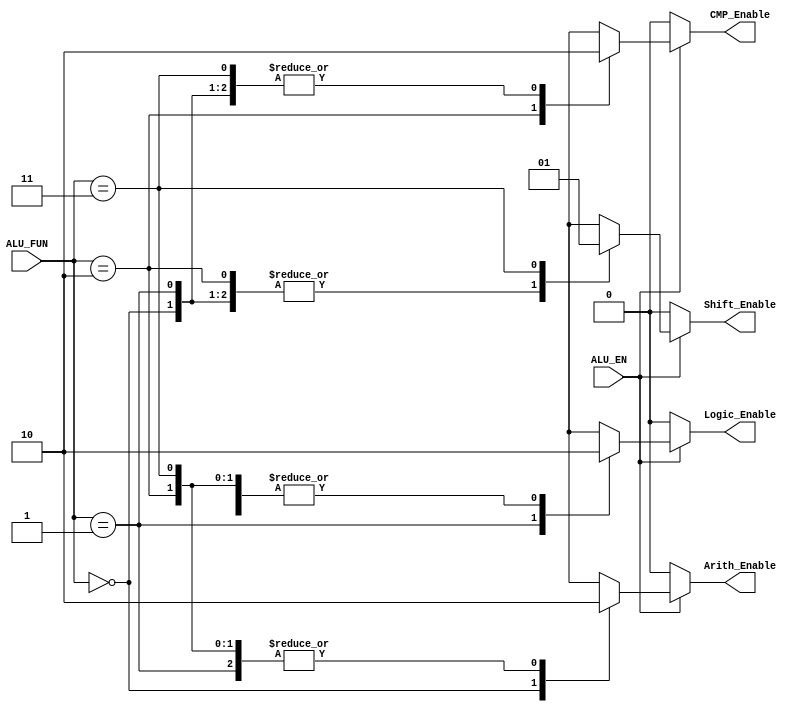
module Decoder #(parameter ALU_FUN_WIDTH = 2)
(
	input 	wire  [ALU_FUN_WIDTH-1:0] 			ALU_FUN					,
	input   wire								ALU_EN					,

	output  reg 								Arith_Enable			,
	output 	reg 								Logic_Enable			,
	output 	reg 								CMP_Enable				,
	output 	reg 								Shift_Enable
);

/********************************************************************************************/
/********************************************************************************************/

	always@(*)
		begin
		
			if(ALU_EN)
				begin

					Arith_Enable = 1'b0										;
					Logic_Enable = 1'b0										;
					CMP_Enable	 = 1'b0										;
					Shift_Enable = 1'b0										;

					case (ALU_FUN)				
						'b00:
							begin

								Arith_Enable = 1'b1							;
								Logic_Enable = 1'b0							;
								CMP_Enable	 = 1'b0							;
								Shift_Enable = 1'b0							;
							
							end

/********************************************************************************************/
/********************************************************************************************/

						'b01:
							begin

								Arith_Enable = 1'b0							;
								Logic_Enable = 1'b1							;
								CMP_Enable	 = 1'b0							;
								Shift_Enable = 1'b0							;
							
							end

/********************************************************************************************/
/********************************************************************************************/

						'b10: 
							begin

								Arith_Enable = 1'b0							;
								Logic_Enable = 1'b0							;
								CMP_Enable	 = 1'b1							;
								Shift_Enable = 1'b0							;
							
							end

/********************************************************************************************/
/********************************************************************************************/

						'b11: 
							begin

								Arith_Enable = 1'b0							;
								Logic_Enable = 1'b0							;
								CMP_Enable	 = 1'b0							;
								Shift_Enable = 1'b1							;
							
							end

/********************************************************************************************/
/********************************************************************************************/

						default:
							begin

								Arith_Enable = 1'b0							;
								Logic_Enable = 1'b0							;
								CMP_Enable	 = 1'b0							;
								Shift_Enable = 1'b0							;
							
							end
					endcase
				end
			else
				begin

					Arith_Enable = 1'b0										;
					Logic_Enable = 1'b0										;
					CMP_Enable	 = 1'b0										;
					Shift_Enable = 1'b0										;
				
				end
		end


endmodule